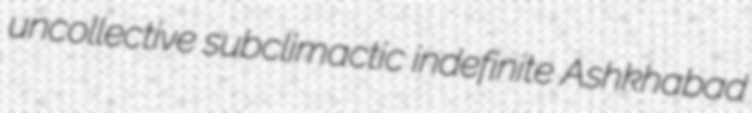
uncollective subclimactic indefinite Ashkhabad